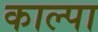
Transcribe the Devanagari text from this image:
काल्पा